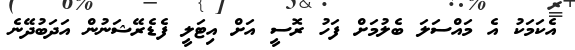
އެކަމަކު އެ މައްސަލަ ބެލުމަށް ފަހު ރޮސީ އަށް އިޓަލީ ފެޑެރޭޝަނުން އަދަބުދޭނެ